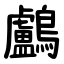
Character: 鸕